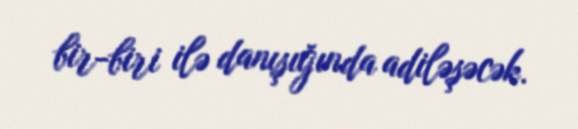
bir-biri ilə danışığında adiləşəcək.